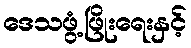
ဒေသဖွံ့ဖြိုးရေးနှင့်